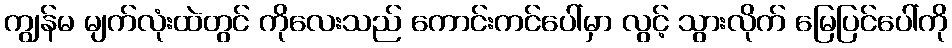
ကျွန်မ မျက်လုံးထဲတွင် ကိုလေးသည် ကောင်းကင်ပေါ်မှာ လွင့် သွားလိုက် မြေပြင်ပေါ်ကို